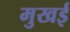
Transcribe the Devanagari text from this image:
मुखई